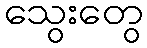
သွေးတွေ